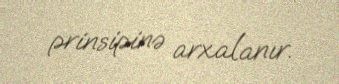
prinsipinə arxalanır.